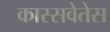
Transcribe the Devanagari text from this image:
कास्सवेतेस